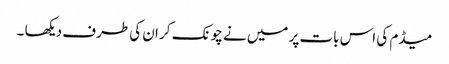
میڈم کی اس بات پر میں نے چونک کر ان کی طرف دیکھا ۔